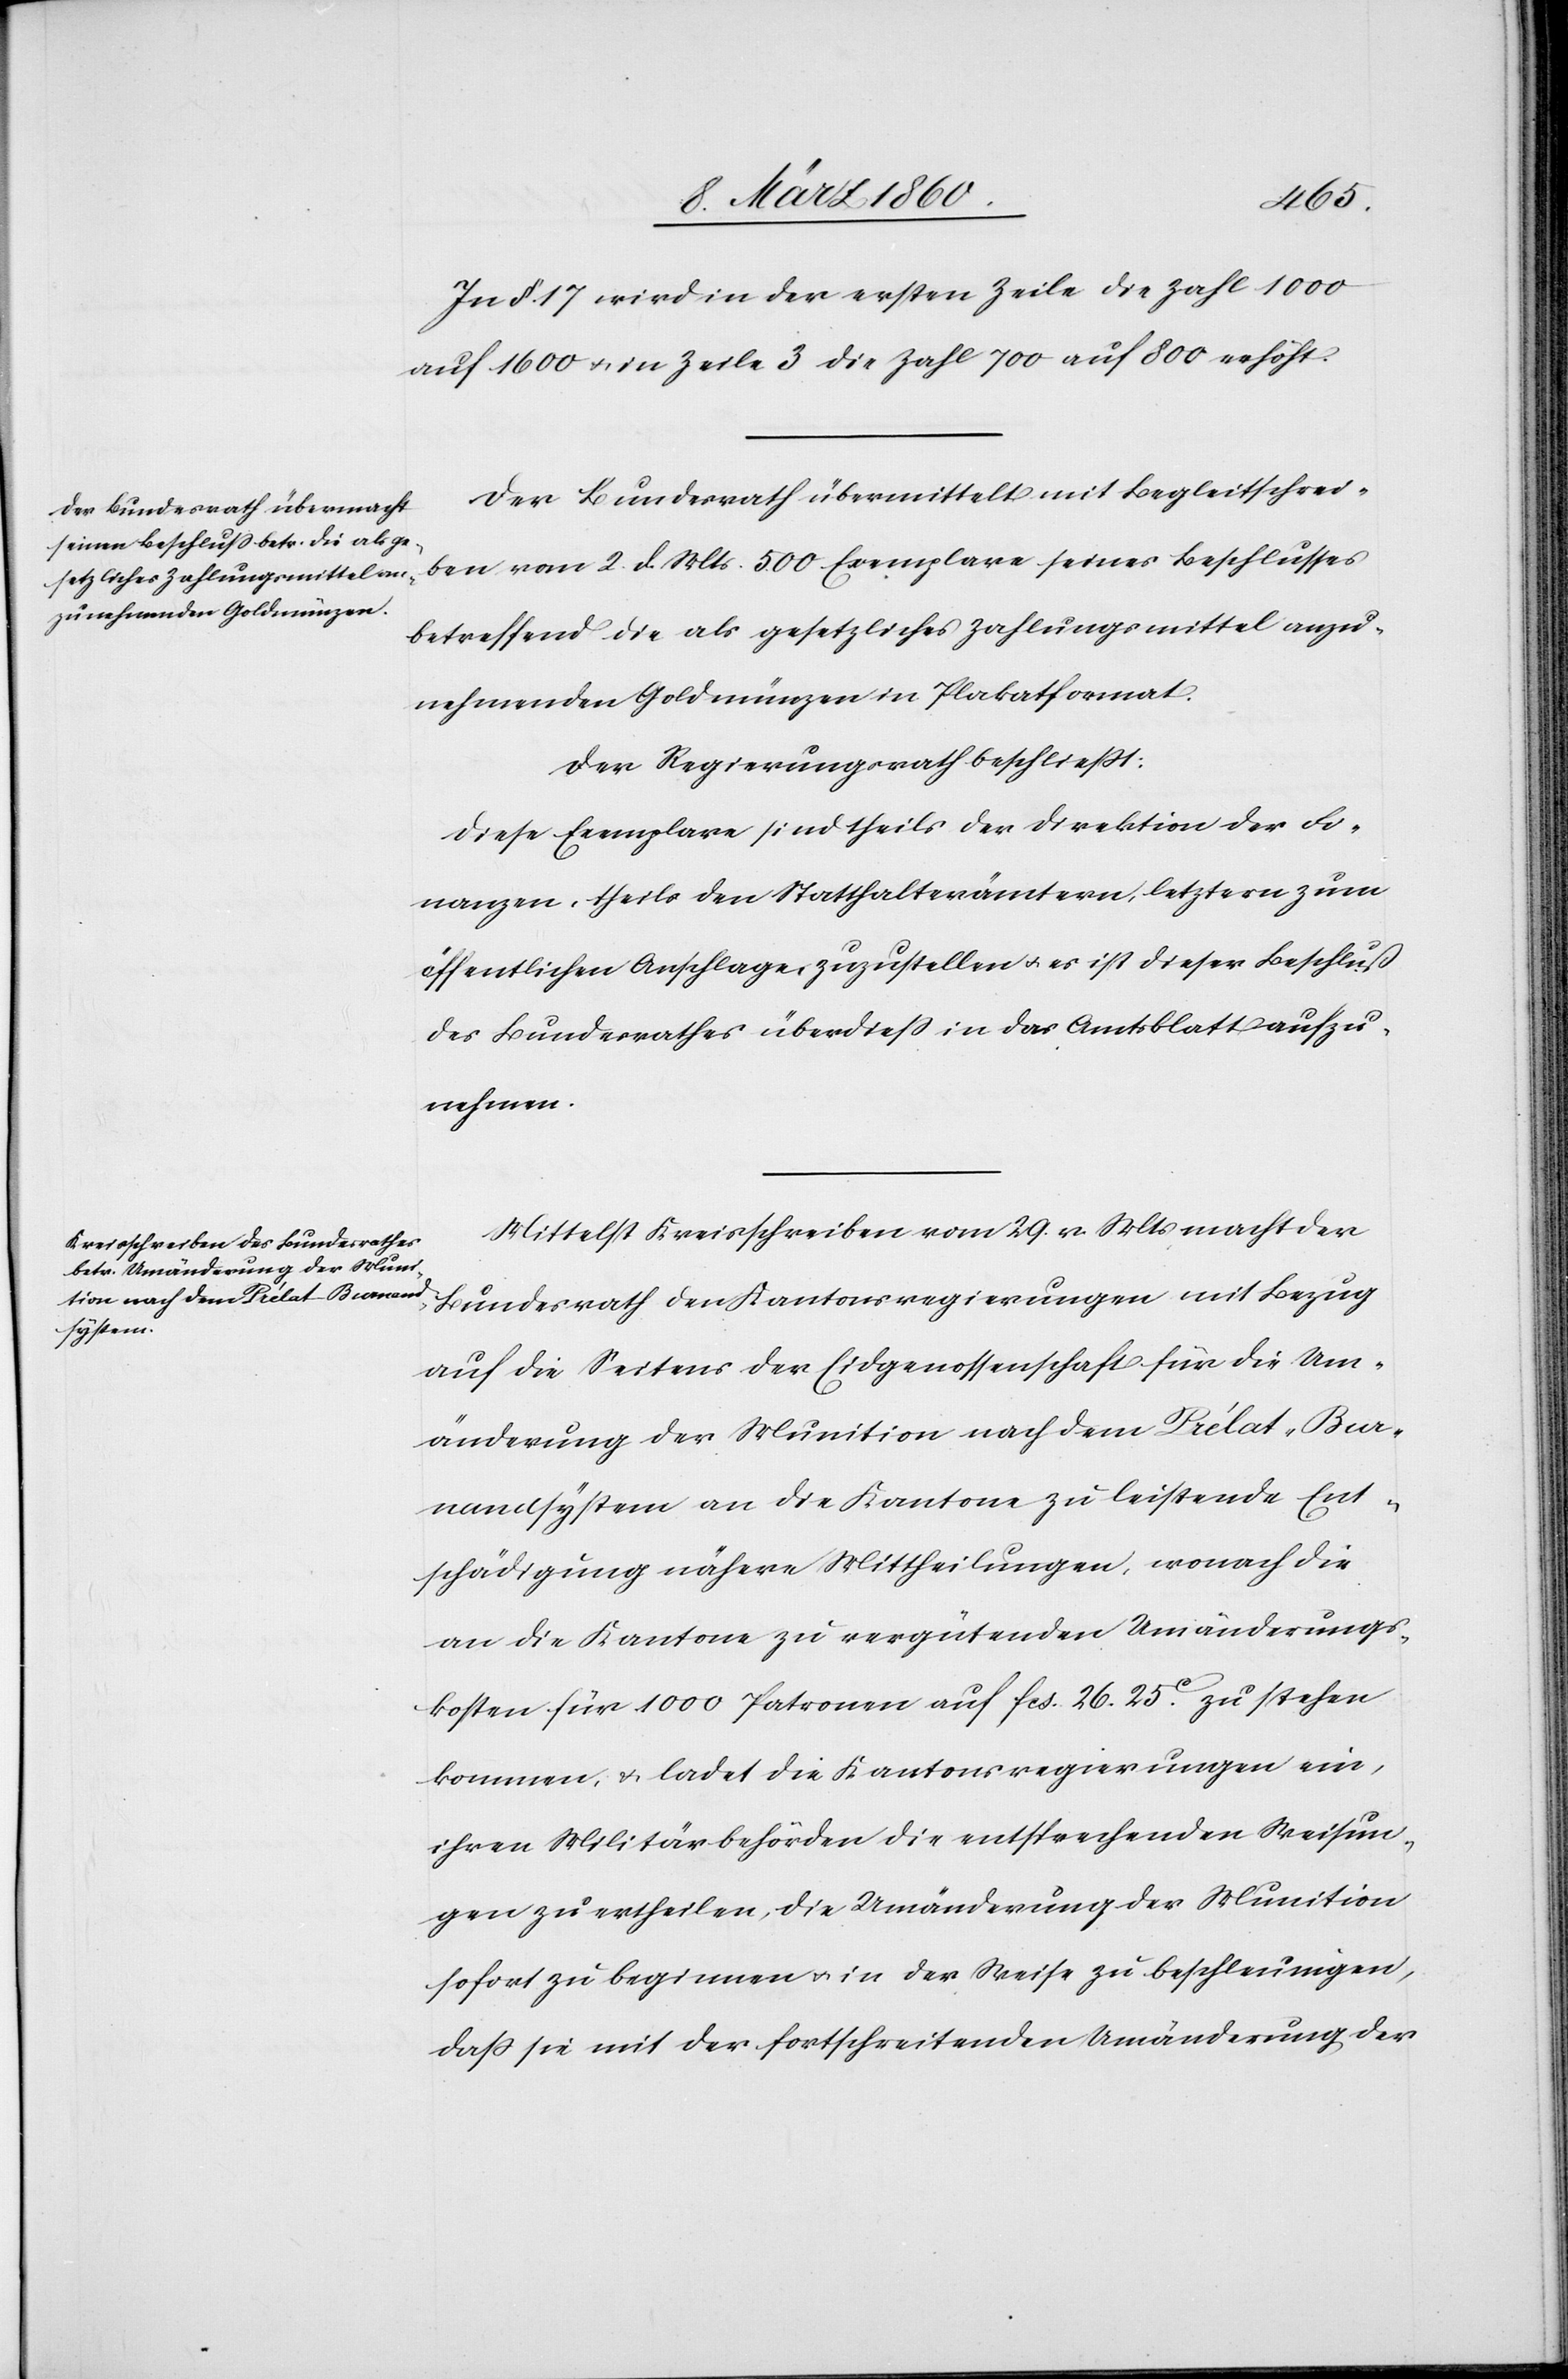
In §. 17. wird in der ersten Zeile die Zahl 1000
auf 1600 u. in Zeile 3 die Zahl 700 auf 800 erhöht.
Der Bundesrath übermittelt mit Begleitschrei¬
ben vom 2. d. Mts. 500 Exemplare seines Beschlusses
betreffend die als gesetzliches Zahlungsmittel anzu¬
nehmenden Goldmünzen in Plakatformat.
Der Regierungsrath beschliesst:
Diese Exemplare sind theils der Direktion der Fi¬
nanzen, theils den Statthalterämtern, letztern zum
öffentlichen Anschlage, zuzustellen u. es ist dieser Beschluß
des Bundesrathes überdiess in das Amtsblatt aufzu¬
nehmen.
Mittelst Kreisschreiben vom 29. v. Mts. macht der
Bundesrath den Kantonsregierungen mit Bezug
auf die Seitens der Eidgenossenschaft für die Um¬
änderung der Munition nach dem Prélat Bur¬
nandsystem an die Kantone zu leistende Ent¬
schädigung nähere Mittheilungen, wonach die
an die Kantone zu vergütenden Umänderungs¬
kosten für 1000 Patronen auf fcs. 26. 25C zu stehen
kommen, u. ladet die Kantonsregierungen ein,
ihren Militärbehörden die entsprechenden Weisun¬
gen zu ertheilen, die Umänderungen der Munition
sofort zu beginnen u. in der Weise zu beschleunigen,
dass sie mit der fortschreitenden Umänderung der